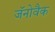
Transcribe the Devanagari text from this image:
जॅनोवैक